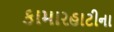
કામારહાટીના